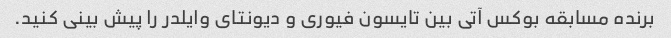
برنده مسابقه بوکس آتی بین تایسون فیوری و دیونتای وایلدر را پیش بینی کنید.